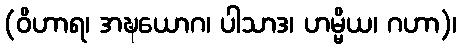
(ဝိဟာရ၊ အဍ္ဎယောဂ၊ ပါသာဒ၊ ဟမ္မိယ၊ ဂဟာ)၊